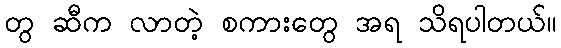
တွ ဆီက လာတဲ့ စကားတွေ အရ သိရပါတယ်။